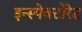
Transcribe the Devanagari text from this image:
इन्स्पेक्टोरेट